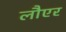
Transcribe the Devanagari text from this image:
लौएर